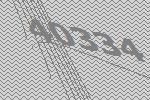
40334